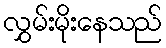
လွှမ်းမိုးနေသည်